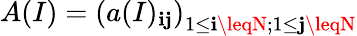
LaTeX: A(I)=\left(a(I)_{\mathbf{i}\mathbf{j}}\right)_{1\leq\mathbf{i}\leqN;1\leq\mathbf{j}\leqN}